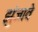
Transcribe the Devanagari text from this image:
झुंजावे